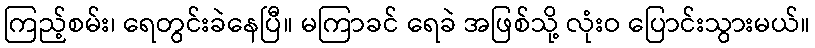
ကြည့်စမ်း၊ ရေတွင်းခဲနေပြီ။ မကြာခင် ရေခဲ အဖြစ်သို့ လုံးဝ ပြောင်းသွားမယ်။